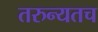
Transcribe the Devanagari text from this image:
तरुन्यतच